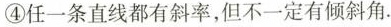
④任一条直线都有斜率，但不一定有倾斜角.